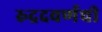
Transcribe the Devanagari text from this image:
रुद्रदवर्णची